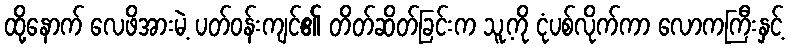
ထို့နောက် လေဖိအားမဲ့ ပတ်ဝန်းကျင်၏ တိတ်ဆိတ်ခြင်းက သူ့ကို ငုံပစ်လိုက်ကာ လောကကြီးနှင့်